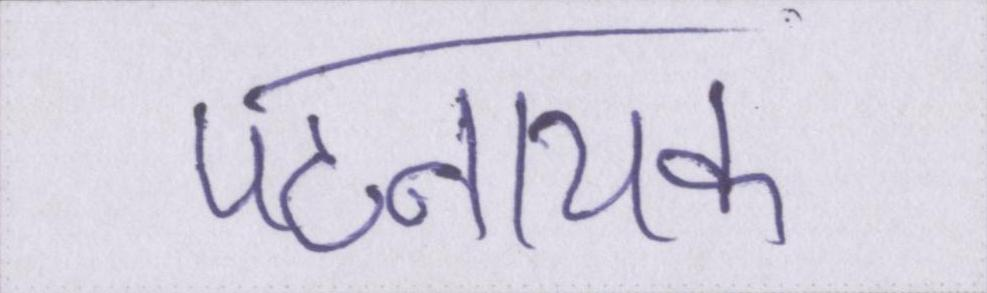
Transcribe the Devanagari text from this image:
पटनायक